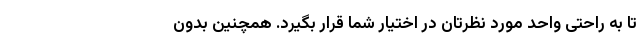
تا به راحتی واحد مورد نظرتان در اختیار شما قرار بگیرد. همچنین بدون